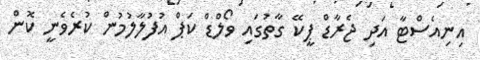
އިނިއެސްޓާ އަދި ޖެރާޑް ޕީކޭ ގާތުގައި ވޯލްޑް ކަޕް އުފުލާލުމުން ކުރެވެނީ ކޮން